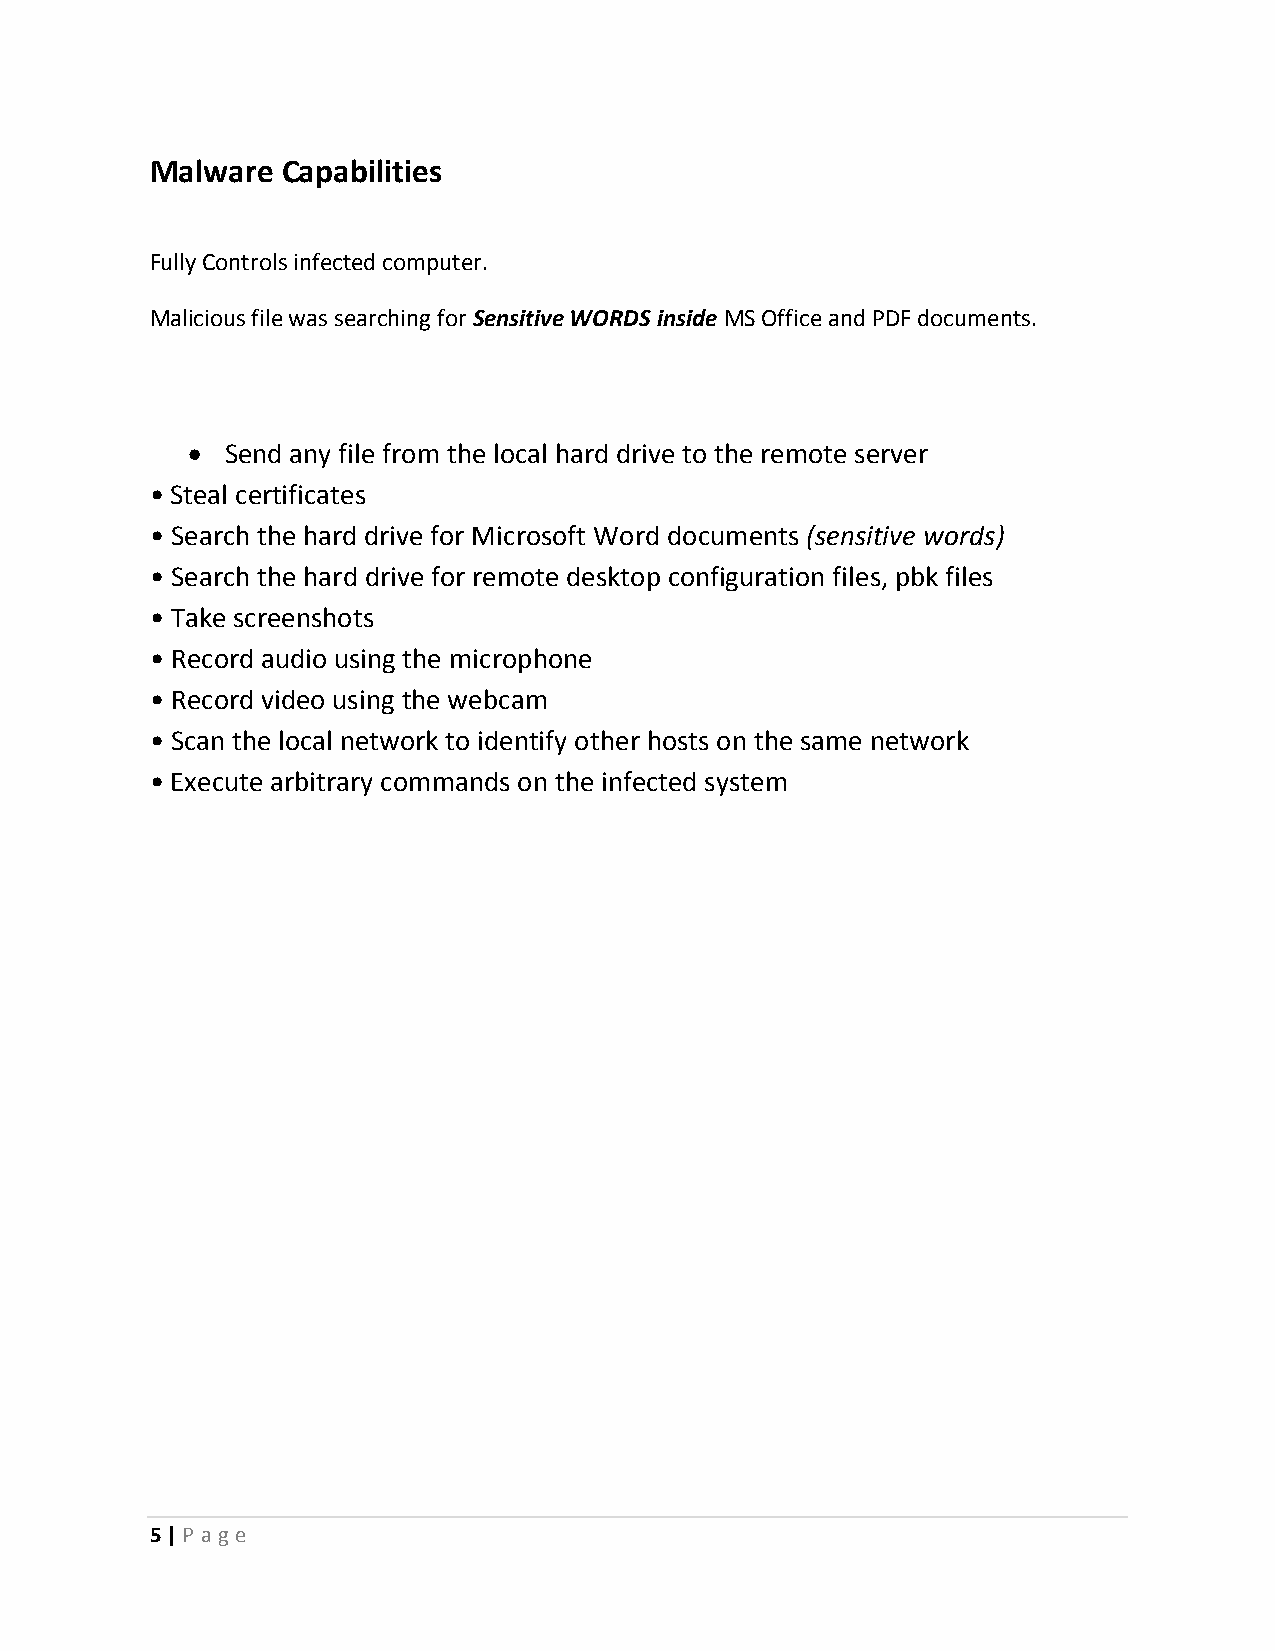
Malware  Capabilities
 Fully Controls infected computer.
 Malicious file was searching for Sensitive WORDS inside MS Office and PDF documents.
   Send any file from the local hard drive to the remote server
 • Steal certificates
 • Search the hard drive for Microsoft Word documents (sensitive words)
 • Search the hard drive for remote desktop configuration files, pbk files
 • Take screenshots
 • Record audio using the microphone
 • Record video using the webcam
 • Scan the local network to identify other hosts on the same network
 • Execute arbitrary commands on the infected system
 5 | P ag e